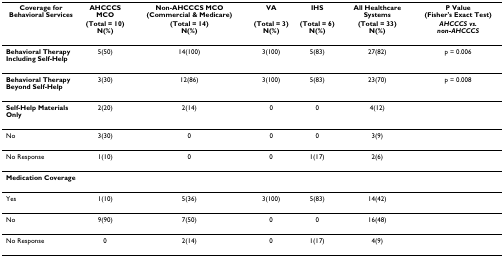
<table><thead><tr><td><b>Coverage for Behavioral Services</b></td><td><b>AHCCCS MCO</b></td><td><b>Non-AHCCCS MCO (Commercial &amp; Medicare)</b></td><td><b>VA</b></td><td><b>IHS</b></td><td><b>All Healthcare Systems</b></td><td><b>P Value (Fisher&#x27;s Exact Test)</b></td></tr><tr><td></td><td><b>(Total = 10)N(%)</b></td><td><b>(Total = 14)N(%)</b></td><td><b>(Total = 3)N(%)</b></td><td><b>(Total = 6)N(%)</b></td><td><b>(Total = 33)N(%)</b></td><td><b><i>AHCCCS vs. non-AHCCCS</i></b></td></tr></thead><tbody><tr><td><b>Behavioral Therapy</b><b>Including Self-Help</b></td><td>5(50)</td><td>14(100)</td><td>3(100)</td><td>5(83)</td><td>27(82)</td><td>p = 0.006</td></tr><tr><td><b>Behavioral Therapy</b><b>Beyond Self-Help</b></td><td>3(30)</td><td>12(86)</td><td>3(100)</td><td>5(83)</td><td>23(70)</td><td>p = 0.008</td></tr><tr><td><b>Self-Help Materials Only</b></td><td>2(20)</td><td>2(14)</td><td>0</td><td>0</td><td>4(12)</td><td></td></tr><tr><td>No</td><td>3(30)</td><td>0</td><td>0</td><td>0</td><td>3(9)</td><td></td></tr><tr><td>No Response</td><td>1(10)</td><td>0</td><td>0</td><td>1(17)</td><td>2(6)</td><td></td></tr><tr><td><b>Medication Coverage</b></td><td></td><td></td><td></td><td></td><td></td><td></td></tr><tr><td>Yes</td><td>1(10)</td><td>5(36)</td><td>3(100)</td><td>5(83)</td><td>14(42)</td><td></td></tr><tr><td>No</td><td>9(90)</td><td>7(50)</td><td>0</td><td>0</td><td>16(48)</td><td></td></tr><tr><td>No Response</td><td>0</td><td>2(14)</td><td>0</td><td>1(17)</td><td>4(9)</td><td></td></tr></tbody></table>